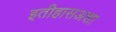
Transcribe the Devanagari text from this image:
इतीहासअशा